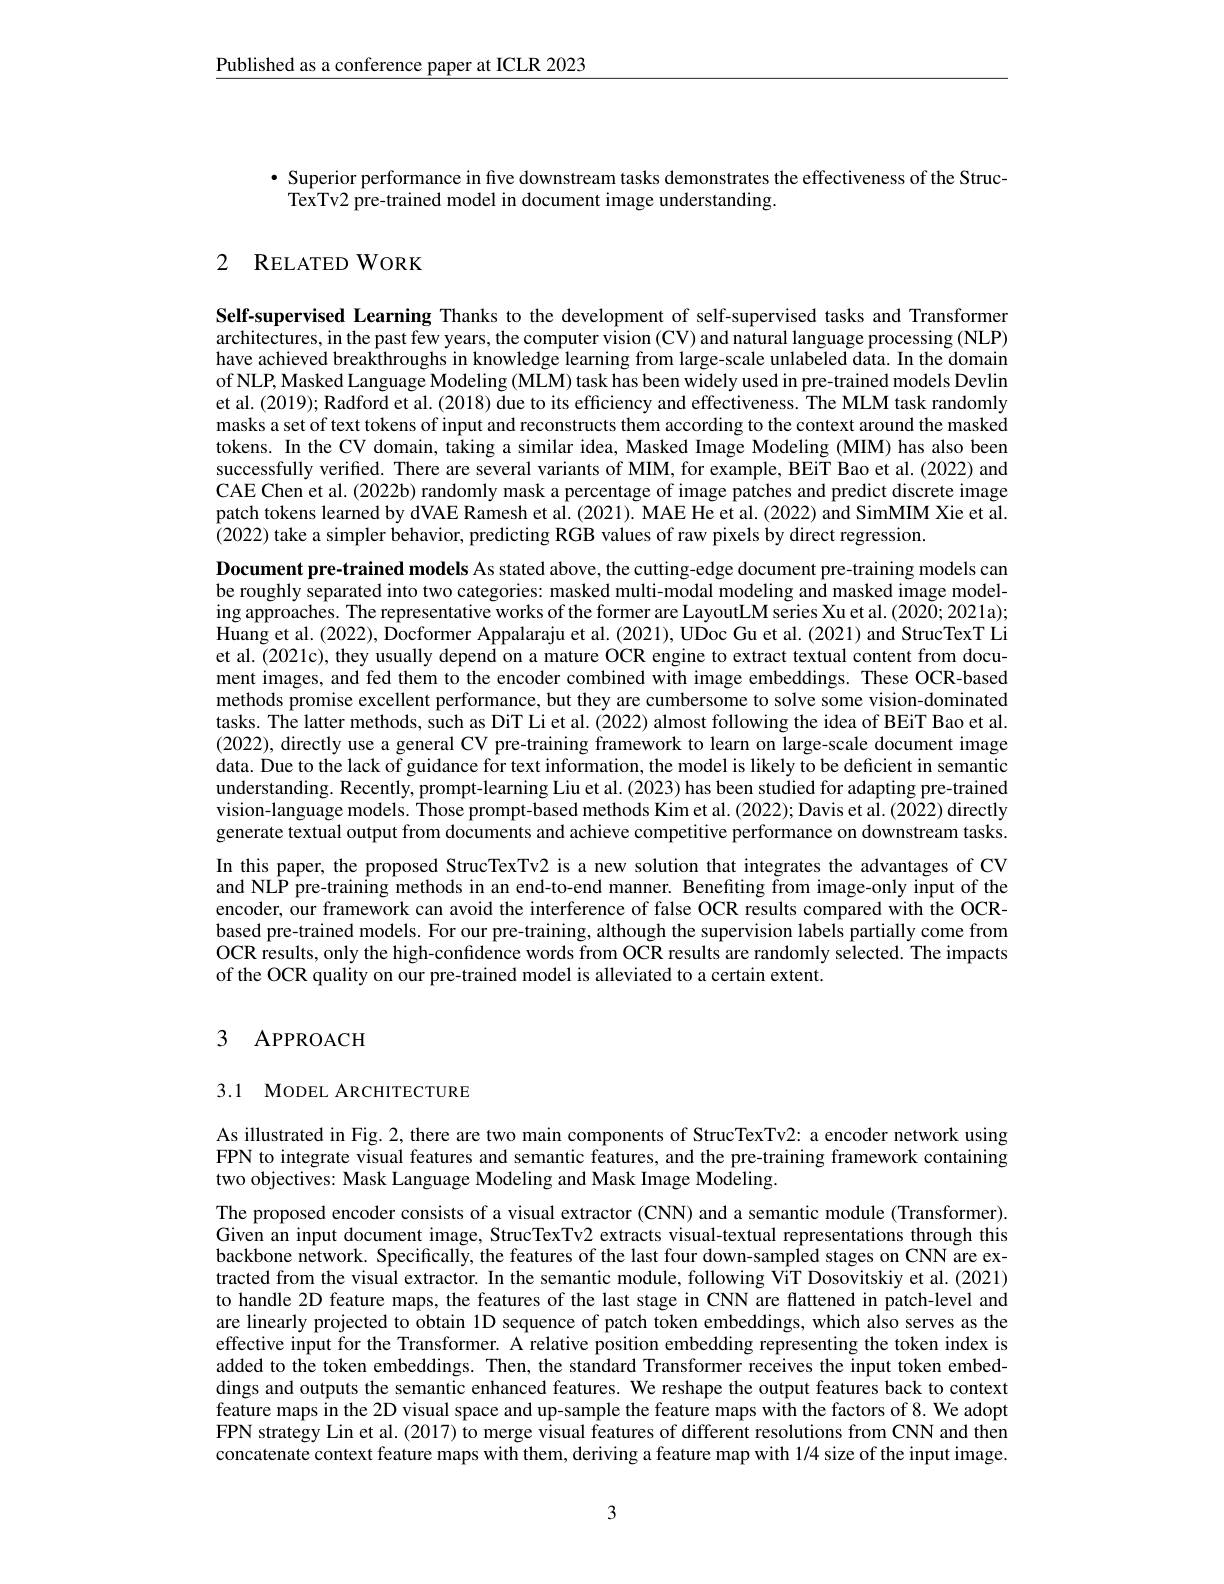
$\underline{\text{Published as a conference paper at ICLR 2023}}$

$\bullet$ Superior performance in five downstream tasks demonstrates the effectiveness of the Struc-
TexTv2 pre-trained model in document image understanding.

## 2 RELATEDWORK

Self-supervised Learning Thanks to the development of self-supervised tasks and Transformer architectures, in the past few years, the computer vision (CV) and natural language processing (NLP) have achieved breakthroughs in knowledge learning from large-scale unlabeled data. In the domain of NLP, Masked Language Modeling (MLM) task has been widely used in pre-trained models Devlin et al. (2019); Radford et al. (2018) due to its efficiency and effectiveness. The MLM task randomly masks a set of text tokens of input and reconstructs them according to the context around the masked tokens. In the CV domain, taking a similar idea, Masked Image Modeling (MIM) has also been successfully verified. There are several variants of MIM, for example, BEiT Bao et al. (2022) and CAE Chen et al. (2022b) randomly mask a percentage of image patches and predict discrete image patch tokens learned by dVAE Ramesh et al. (2021). MAE He et al. (2022) and SimMIM Xie et al. (2022) take a simpler behavior, predicting RGB values of raw pixels by direct regression.

Document pre-trained models As stated above, the cutting-edge document pre-training models can be roughly separated into two categories: masked multi-modal modeling and masked image modeling approaches. The representative works of the former are LayoutLM series Xu et al.(2020;2021a); Huang et al. (2022), Docformer Appalaraju et al. (2021), UDoc Gu et al. (2021) and StrucTexT Li et al. (2021c), they usually depend on a mature OCR engine to extract textual content from document images, and fed them to the encoder combined with image embeddings. These OCR-based methods promise excellent performance, but they are cumbersome to solve some vision-dominated tasks. The latter methods, such as DiT Li et al. (2022) almost following the idea of BEiT Bao et al. (2022), directly use a general CV pre-training framework to learn on large-scale document image data. Due to the lack of guidance for text information, the model is likely to be deficient in semantic understanding. Recently, prompt-learning Liu et al. (2023) has been studied for adapting pre-trained vision-language models. Those prompt-based methods Kim et al. (2022); Davis et al. (2022) directly generate textual output from documents and achieve competitive performance on downstream tasks. In this paper, the proposed StrucTexTv2 is a new solution that integrates the advantages of CV and NLP pre-training methods in an end-to-end manner. Benefiting from image-only input of the encoder, our framework can avoid the interference of false OCR results compared with the OCRbased pre-trained models. For our pre-training, although the supervision labels partially come from $\dot{\text{OCR results, only the high-confidence words from OCR results are randomly selected. The impacts}}$ of the OCR quality on our pre-trained model is alleviated to a certain extent.

# 3 APPROACH

# 3.1 MODEL ARCHITECTURE

As illustrated in Fig. 2, there are two main components of StrucTexTv2: a encoder network using FPN to integrate visual features and semantic features, and the pre-training framework containing two objectives: Mask Language Modeling and Mask Image Modeling.

The proposed encoder consists of a visual extractor (CNN) and a semantic module (Transformer). Given an input document image, StrucTexTv2 extracts visual-textual representations through this backbone network. Specifically, the features of the last four down-sampled stages on CNN are extracted from the visual extractor. In the semantic module, following ViT Dosovitskiy et al.(2021) to handle 2D feature maps, the features of the last stage in CNN are flattened in patch-level and are linearly projected to obtain 1D sequence of patch token embeddings, which also serves as the effective input for the Transformer. A relative position embedding representing the token index is added to the token embeddings. Then, the standard Transformer receives the input token embeddings and outputs the semantic enhanced features. We reshape the output features back to context feature maps in the 2D visual space and up-sample the feature maps with the factors of 8. We adopt FPN strategy Lin et al. (2017) to merge visual features of different resolutions from CNN and then concatenate context feature maps with them, deriving a feature map with 1/4 size of the input image.

3